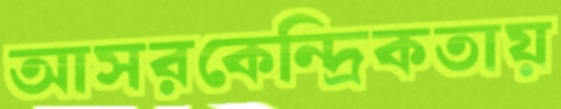
আসরকেন্দ্রিকতায়